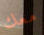
معك